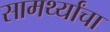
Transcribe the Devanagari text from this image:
सामर्थ्यांचा